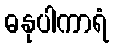
ဓနုပါကာရံ